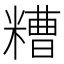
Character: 糟